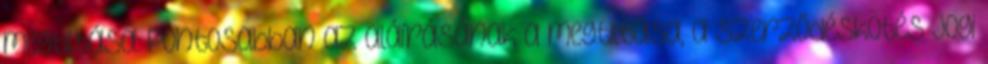
megtiltása. Pontosabban az aláírásának a megtiltása, a szerződéskötés jogi